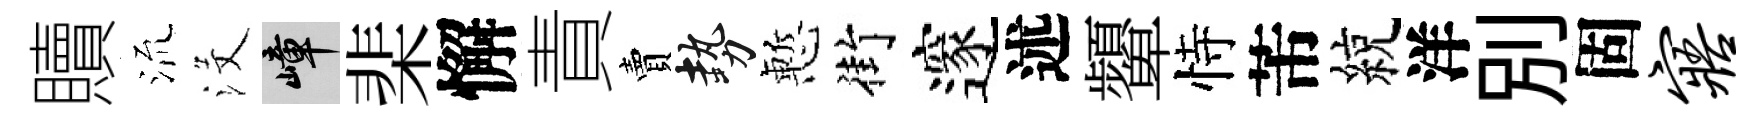
贖𣴑沒嶂棐懈責賣勢慙街邃述顰恃芾綂洋别固寤